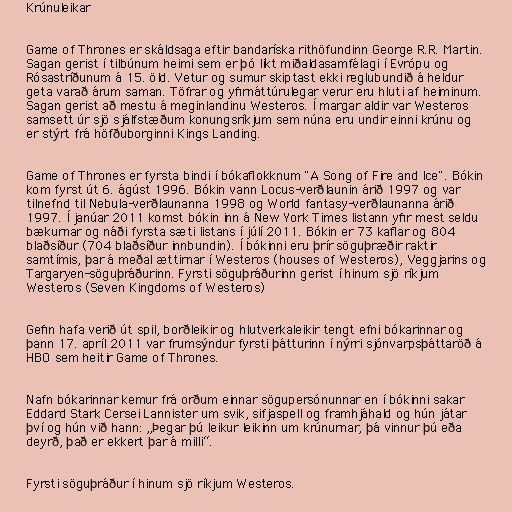
Krúnuleikar

Game of Thrones er skáldsaga eftir bandaríska rithöfundinn George R.R. Martin.
Sagan gerist í tilbúnum heimi sem er þó líkt miðaldasamfélagi í Evrópu og
Rósastríðunum á 15. öld. Vetur og sumur skiptast ekki reglubundið á heldur
geta varað árum saman. Töfrar og yfirnáttúrulegar verur eru hluti af heiminum.
Sagan gerist að mestu á meginlandinu Westeros. Í margar aldir var Westeros
samsett úr sjö sjálfstæðum konungsríkjum sem núna eru undir einni krúnu og
er stýrt frá höfðuborginni Kings Landing.

Game of Thrones er fyrsta bindi í bókaflokknum "A Song of Fire and Ice". Bókin
kom fyrst út 6. ágúst 1996. Bókin vann Locus-verðlaunin árið 1997 og var
tilnefnd til Nebula-verðlaunanna 1998 og World fantasy-verðlaunanna árið
1997. Í janúar 2011 komst bókin inn á New York Times listann yfir mest seldu
bækurnar og náði fyrsta sæti listans í júlí 2011. Bókin er 73 kaflar og 804
blaðsíður (704 blaðsíður innbundin). Í bókinni eru þrír söguþræðir raktir
samtímis, þar á meðal ættirnar í Westeros (houses of Westeros), Veggjarins og
Targaryen-söguþráðurinn. Fyrsti söguþráðurinn gerist í hinum sjö ríkjum
Westeros (Seven Kingdoms of Westeros)

Gefin hafa verið út spil, borðleikir og hlutverkaleikir tengt efni bókarinnar og
þann 17. apríl 2011 var frumsýndur fyrsti þátturinn í nýrri sjónvarpsþáttaröð á
HBO sem heitir Game of Thrones.

Nafn bókarinnar kemur frá orðum einnar sögupersónunnar en í bókinni sakar
Eddard Stark Cersei Lannister um svik, sifjaspell og framhjáhald og hún játar
því og hún við hann: „Þegar þú leikur leikinn um krúnurnar, þá vinnur þú eða
deyrð, það er ekkert þar á milli“.

Fyrsti söguþráður í hinum sjö ríkjum Westeros.